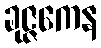
ခုဇ္ဇကေန